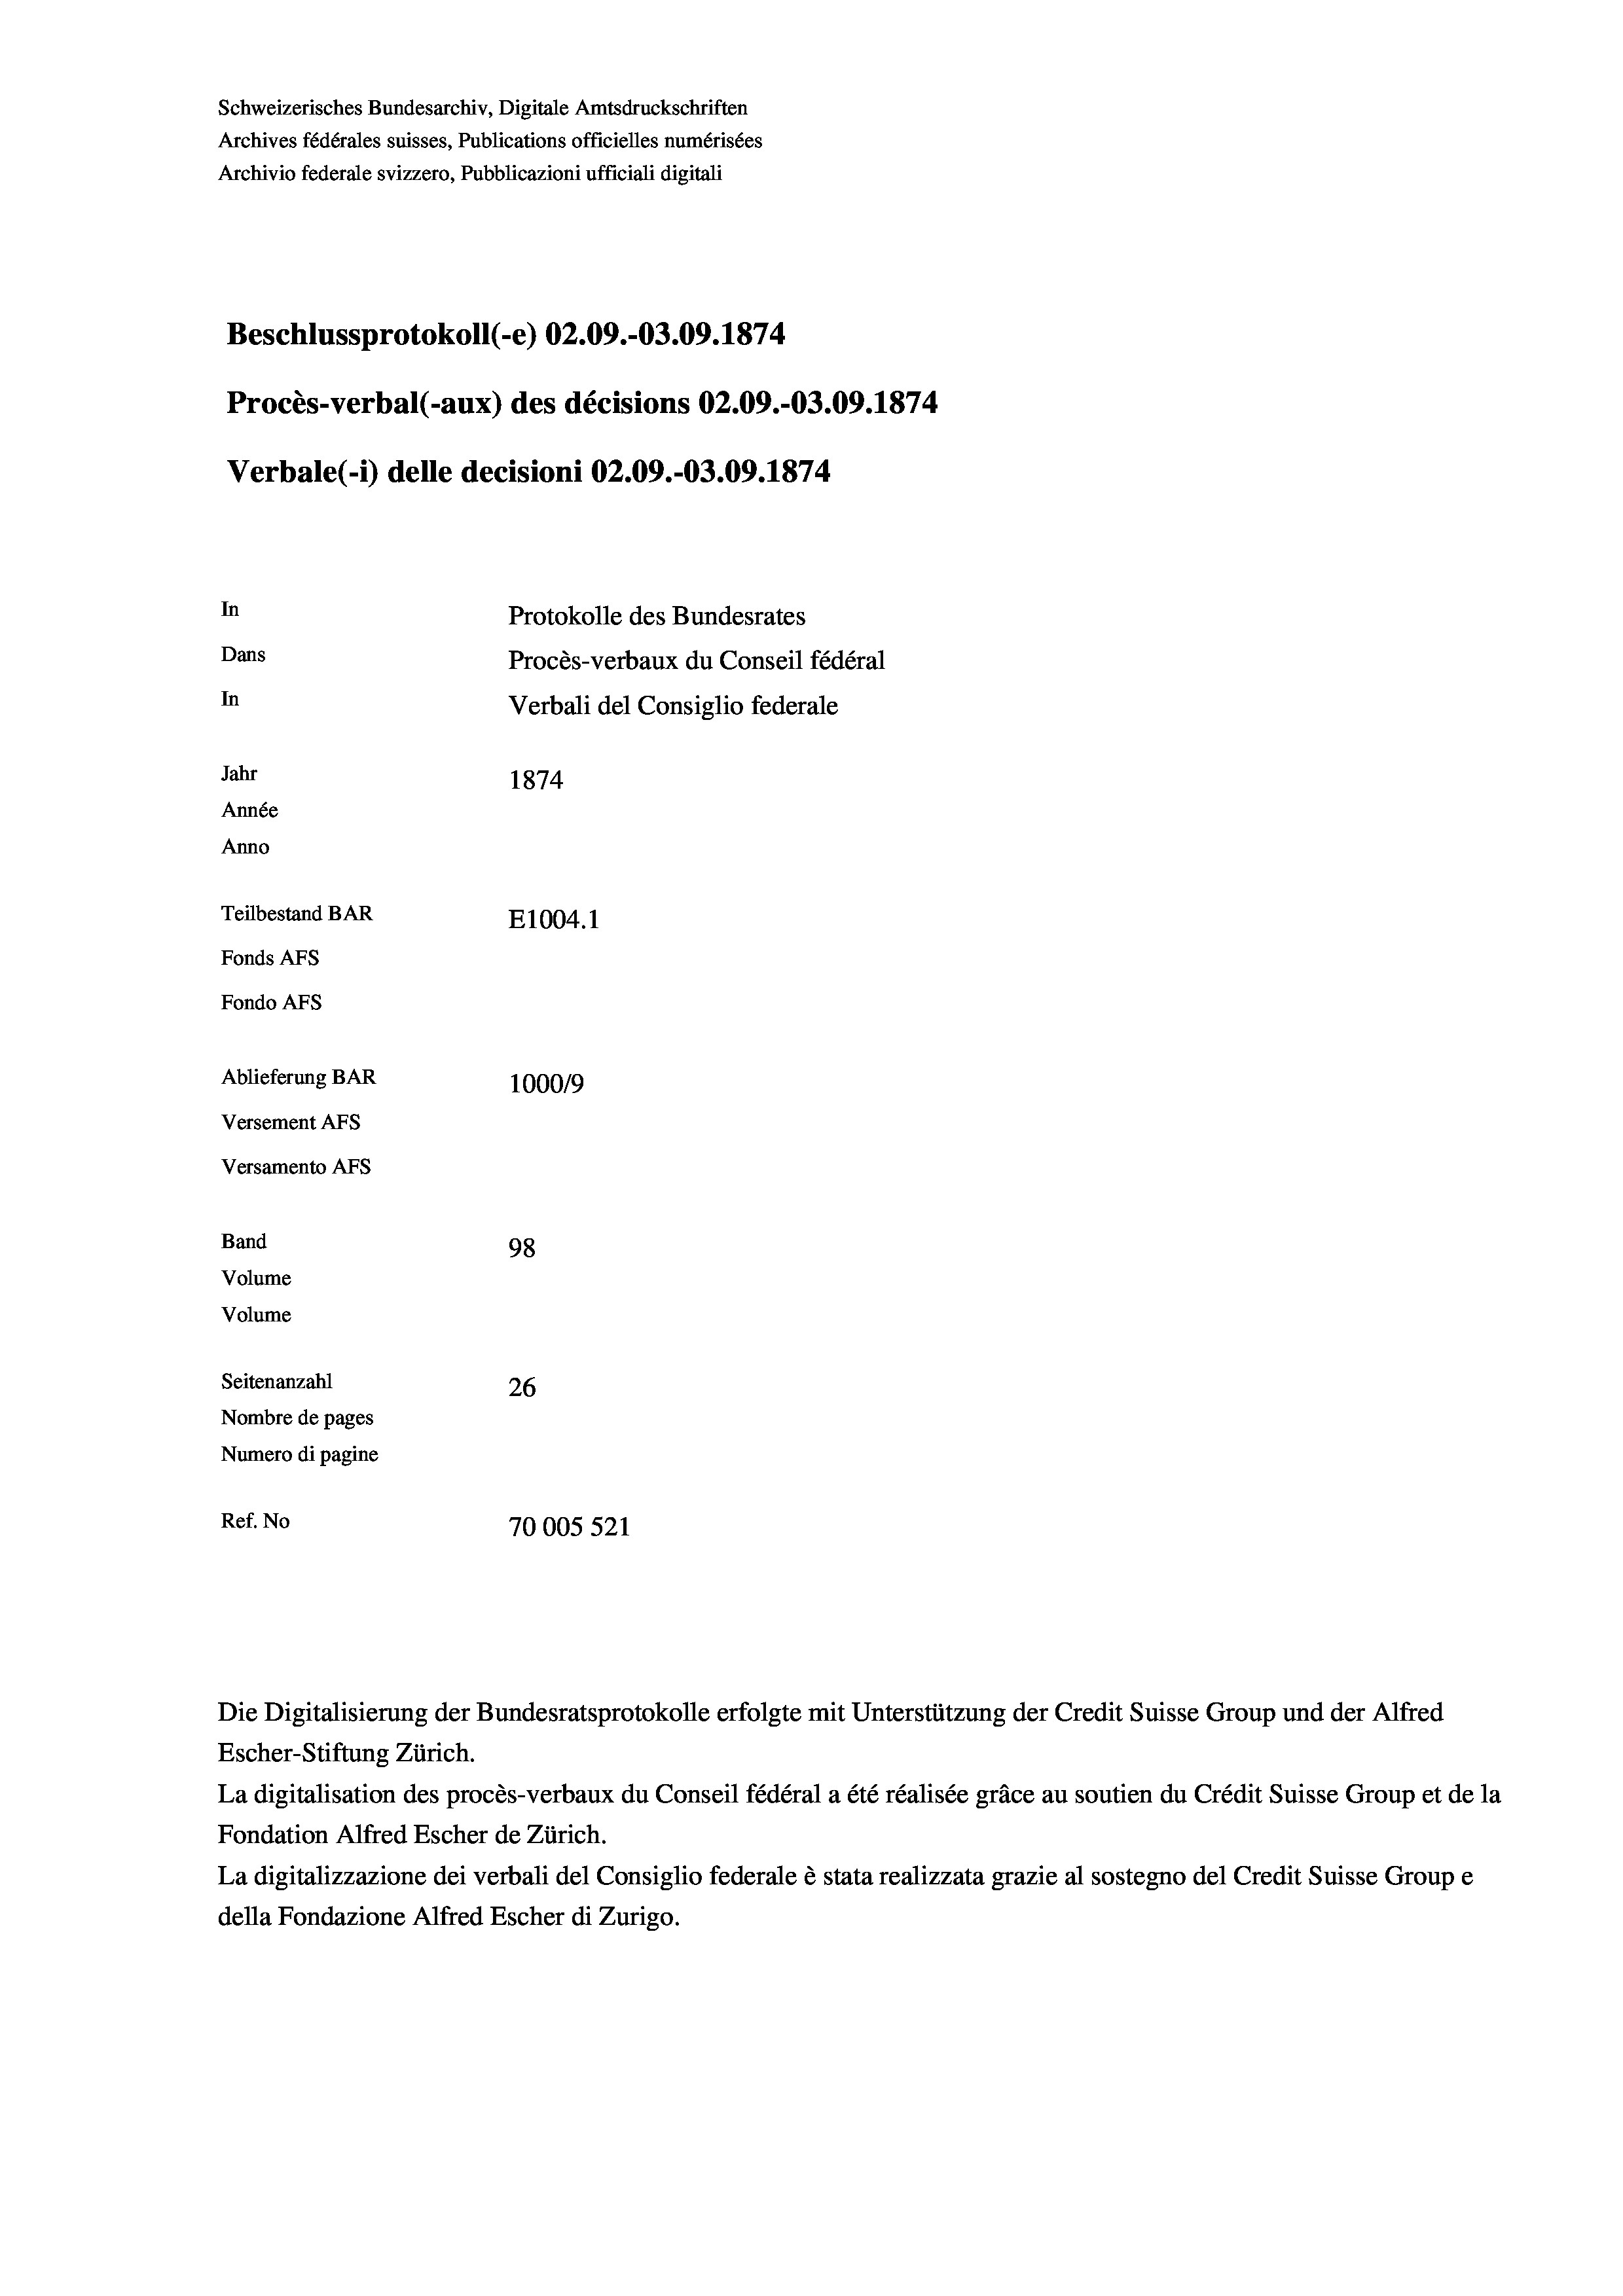
Beschlussprotokoll (-e) 02.09.-03.09. 1874.
Procès-verbal (-aux) des décisions 02.09.-03.09. 1874
In
Protokolle des Bundesrates
Dans
Procès-verbaux du Conseil fédéral
In
Verbali del Consiglio federale
Jahr
1874
Année
Anno
Teilbestand BAR
E1004.1
Fonds AFs
Fondo AFS
Ablieferung BAR
100019
Versement AFs

Versamento AFs
Band
Volume
Volume

98
Seitenanzahl
26
Nombre de pages
Numero di pagine
Ref. No
70005 521

Schweizerisches Bundesarchiv, Digitale Amtsdruckschriften
Archives fédérales suisses, Publications officielles numérisées
Archivio federale svizzero, Pubblicazioni ufficiali digitali

Verbale(-*) delle decisioni 02.09.-03.09. 1874

Die Digitalisierung der Bundesratsprotokolle erfolgte mit Unterstützung der Credit Suisse Group und der Alfred
Escher-Stiftung Zürich.
La digitalisation des procès-verbaux du Conseil fédéral a été réalisée gräce au soutien du Crédit Suisse Group et de la
Fondation Alfred Escher de Zürich.
La digitalizzazione dei verbali del Consiglio federale è stata realizzata grazie al sostegno del Credit Suisse Groupe
della Fondazione Alfred Escher di Zurigo.